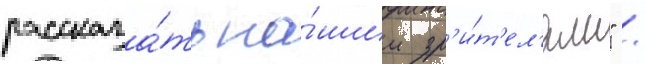
рассказа́ть на́шим зр'и́т'ел'ям" /